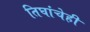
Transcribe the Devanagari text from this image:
तिघांचेही